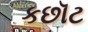
કછૉટ